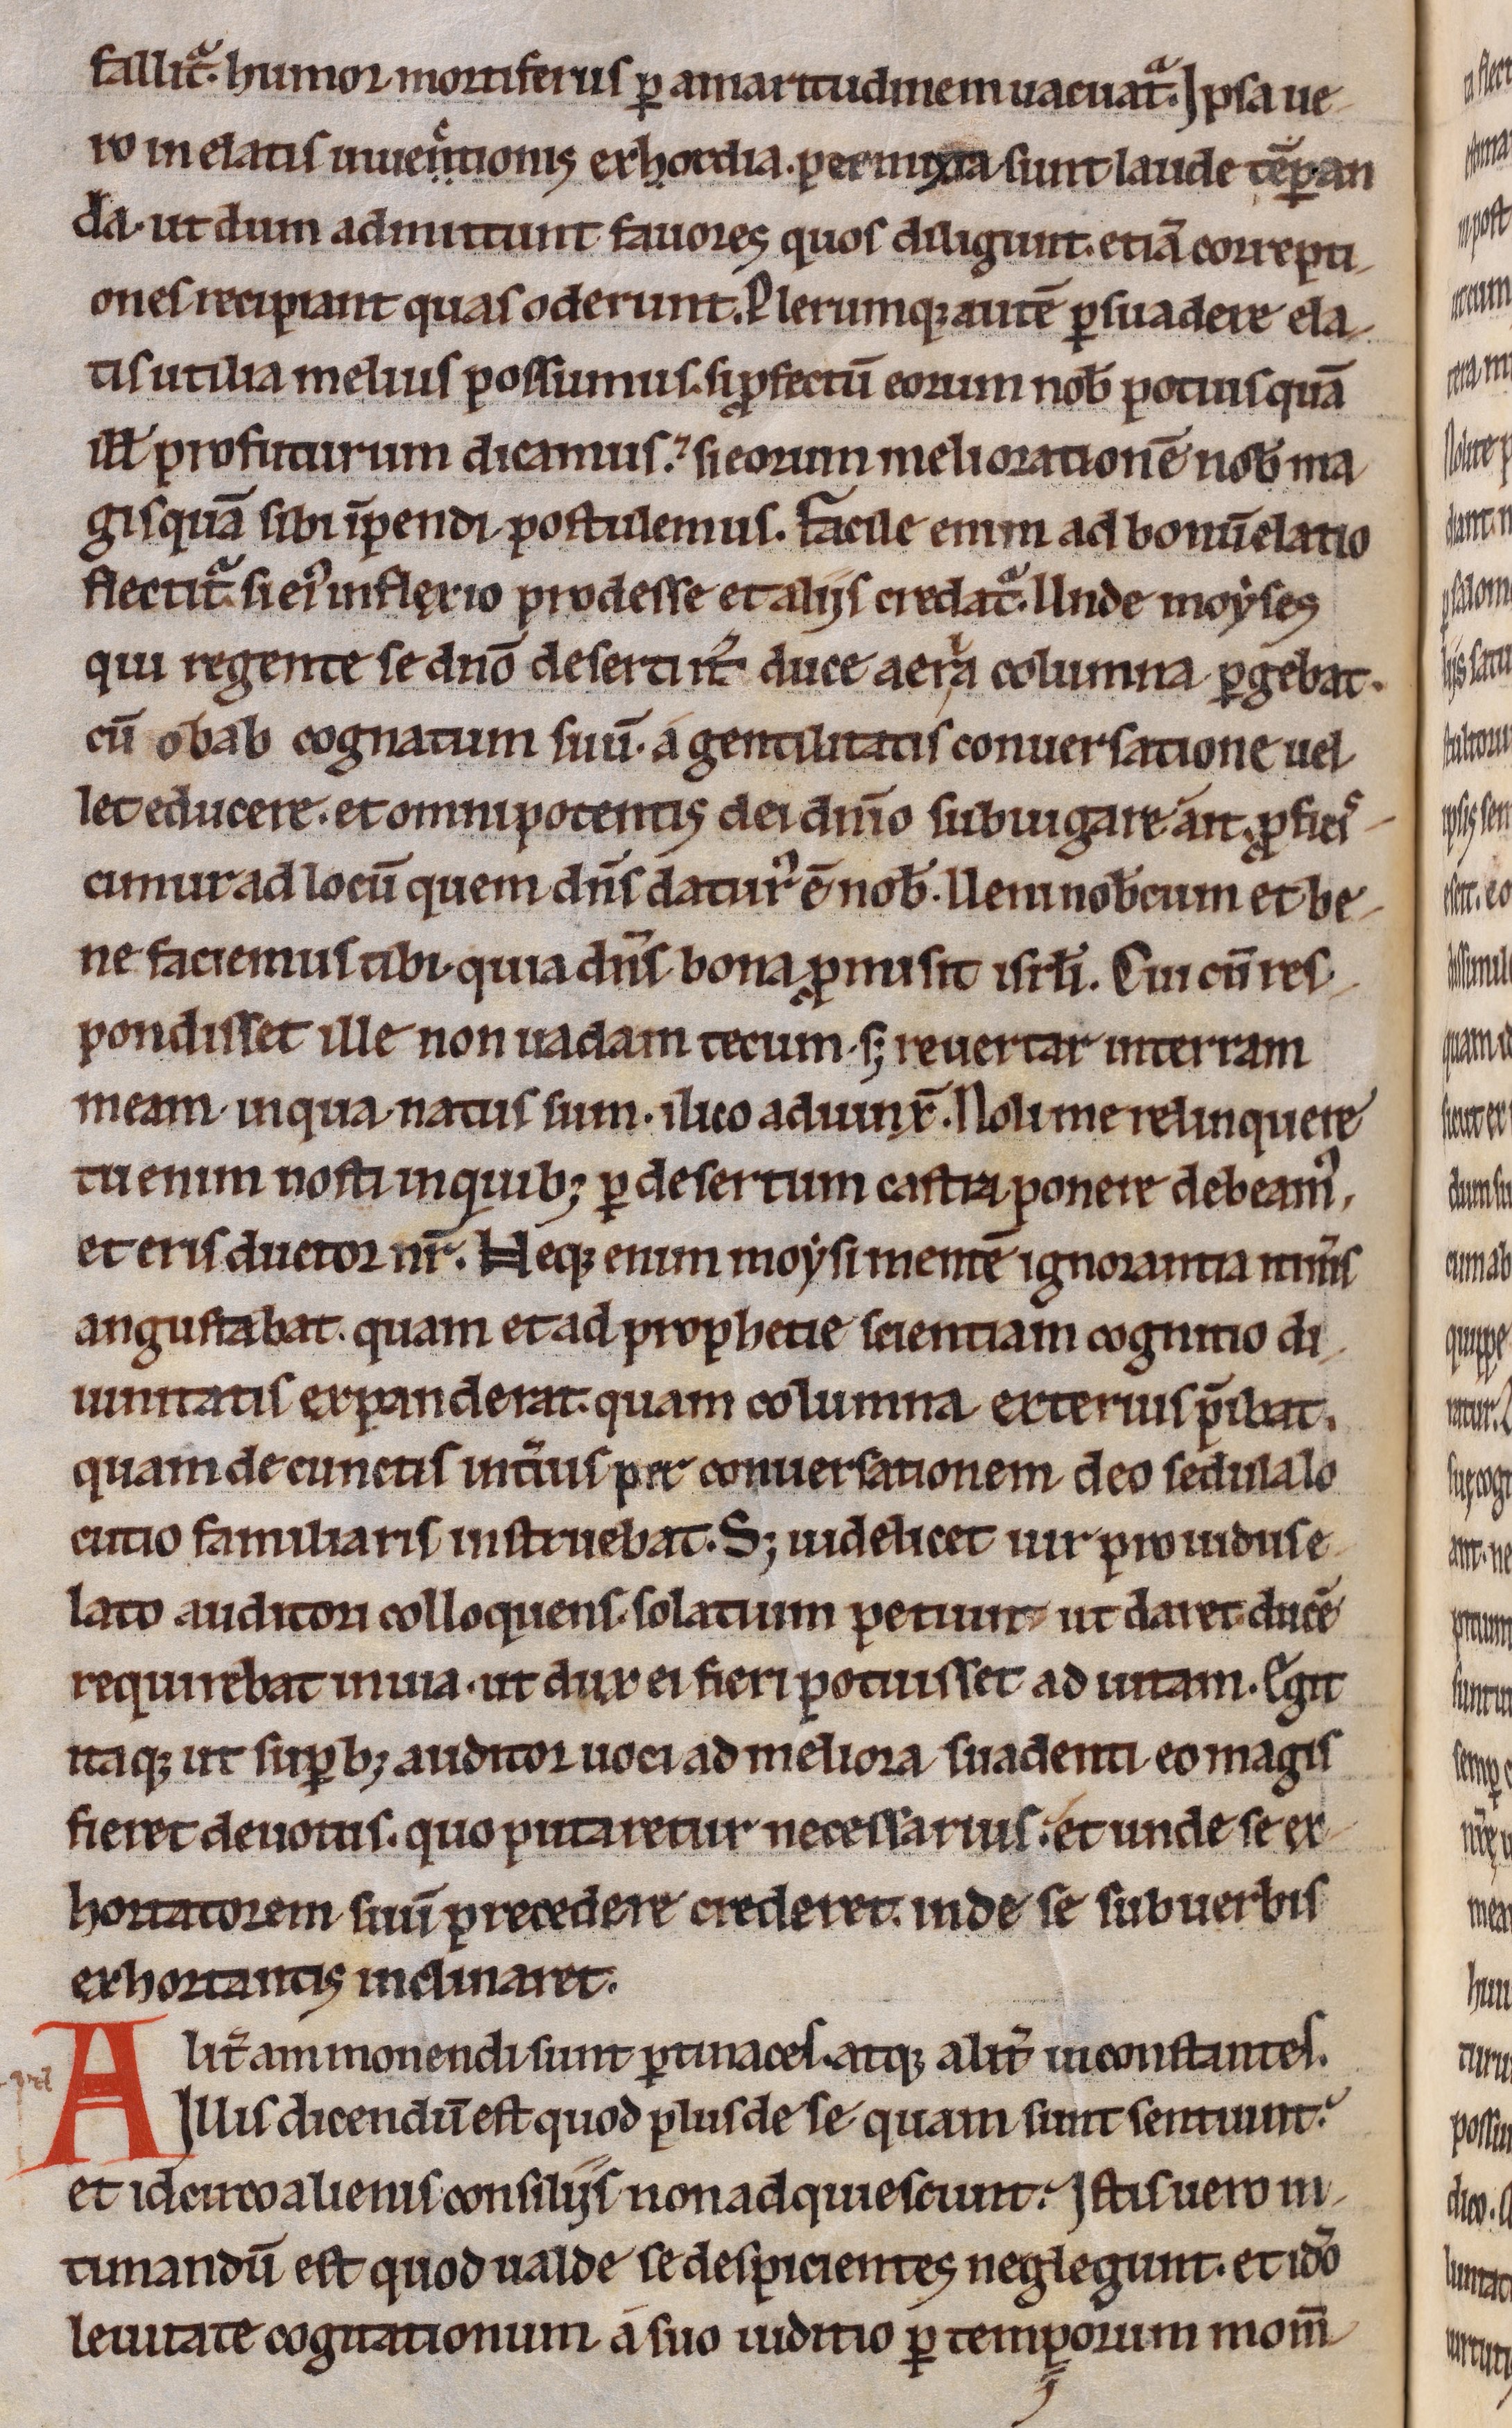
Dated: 1200–1230